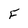
Character: F